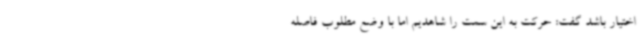
اختیار باشد گفت: حرکت به این سمت را شاهدیم اما با وضع مطلوب فاصله